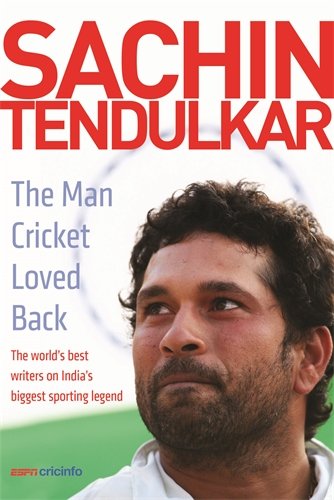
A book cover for Sachin Tendulkar: The Man Cricket Loved Back; ESPNcricinfo; Sports & Outdoors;